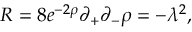
R = 8 e ^ { - 2 \rho } \partial _ { + } \partial _ { - } \rho = - \lambda ^ { 2 } ,